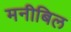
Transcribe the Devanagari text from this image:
मनीबिल